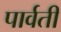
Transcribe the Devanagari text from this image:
पार्वतीं